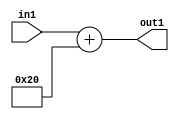
`timescale 1ps / 1ps
/*****************************************************************************
    Verilog RTL Description
    
    
    Created by: Stratus DpOpt 2019.1.01 
*******************************************************************************/

module st_weight_addr_gen_Add2i32u16_4_2 (
	in1,
	out1
	); /* architecture "behavioural" */ 
input [15:0] in1;
output [15:0] out1;
wire [15:0] asc001;

assign asc001 = 
	+(in1)
	+(16'B0000000000100000);

assign out1 = asc001;
endmodule

/* CADENCE  ubHxTg0= : u9/ySgnWtBlWxVPRXgAZ4Og= ** DO NOT EDIT THIS LINE ******/